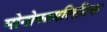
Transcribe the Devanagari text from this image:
मोनोफायलिटिक